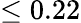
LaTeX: \leq 0.22